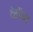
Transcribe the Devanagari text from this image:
थेसॉरस्